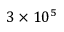
3 \times 1 0 ^ { 5 }